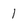
Character: 1